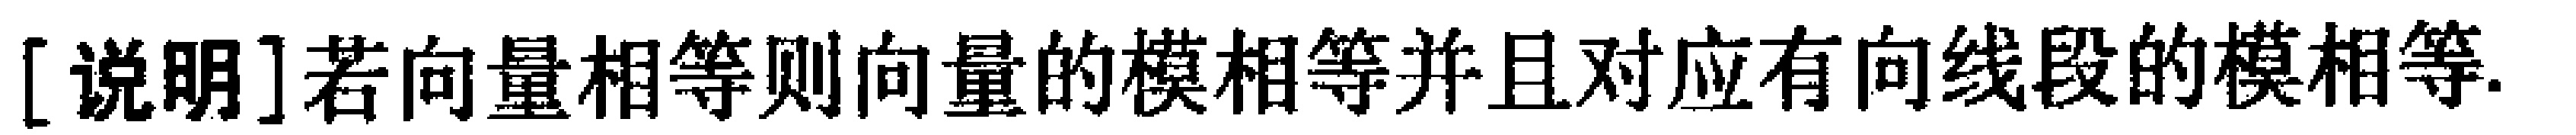
[说明]若向量相等则向量的模相等并且对应有向线段的模相等.